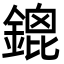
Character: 鎞